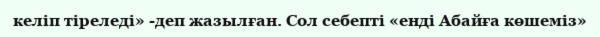
келіп тіреледі» -деп жазылған. Сол ceбeптi «енді Абайға көшеміз»